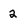
Character: 2